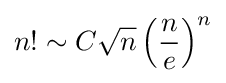
n!\sim C{\sqrt {n}}\left({\frac {n}{e}}\right)^{n}